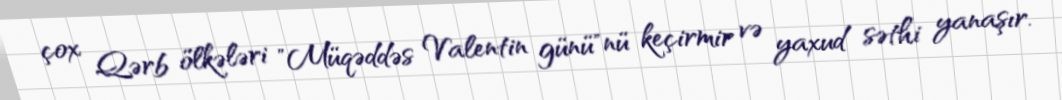
çox Qərb ölkələri "Müqəddəs Valentin günü"nü keçirmir və yaxud səthi yanaşır.